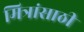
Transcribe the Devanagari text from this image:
मित्रांसाठी